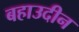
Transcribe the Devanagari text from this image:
बहाउदीन